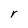
Character: r